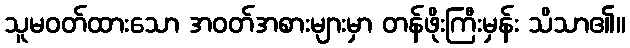
သူမဝတ်ထားသော အဝတ်အစားများမှာ တန်ဖိုးကြီးမှန်း သိသာ၏။